DOW-UAP-D54, Mission Report, Mediterranean Sea, NA
Agency: Department of War
Incident location: Mediterranean Sea
Page 4
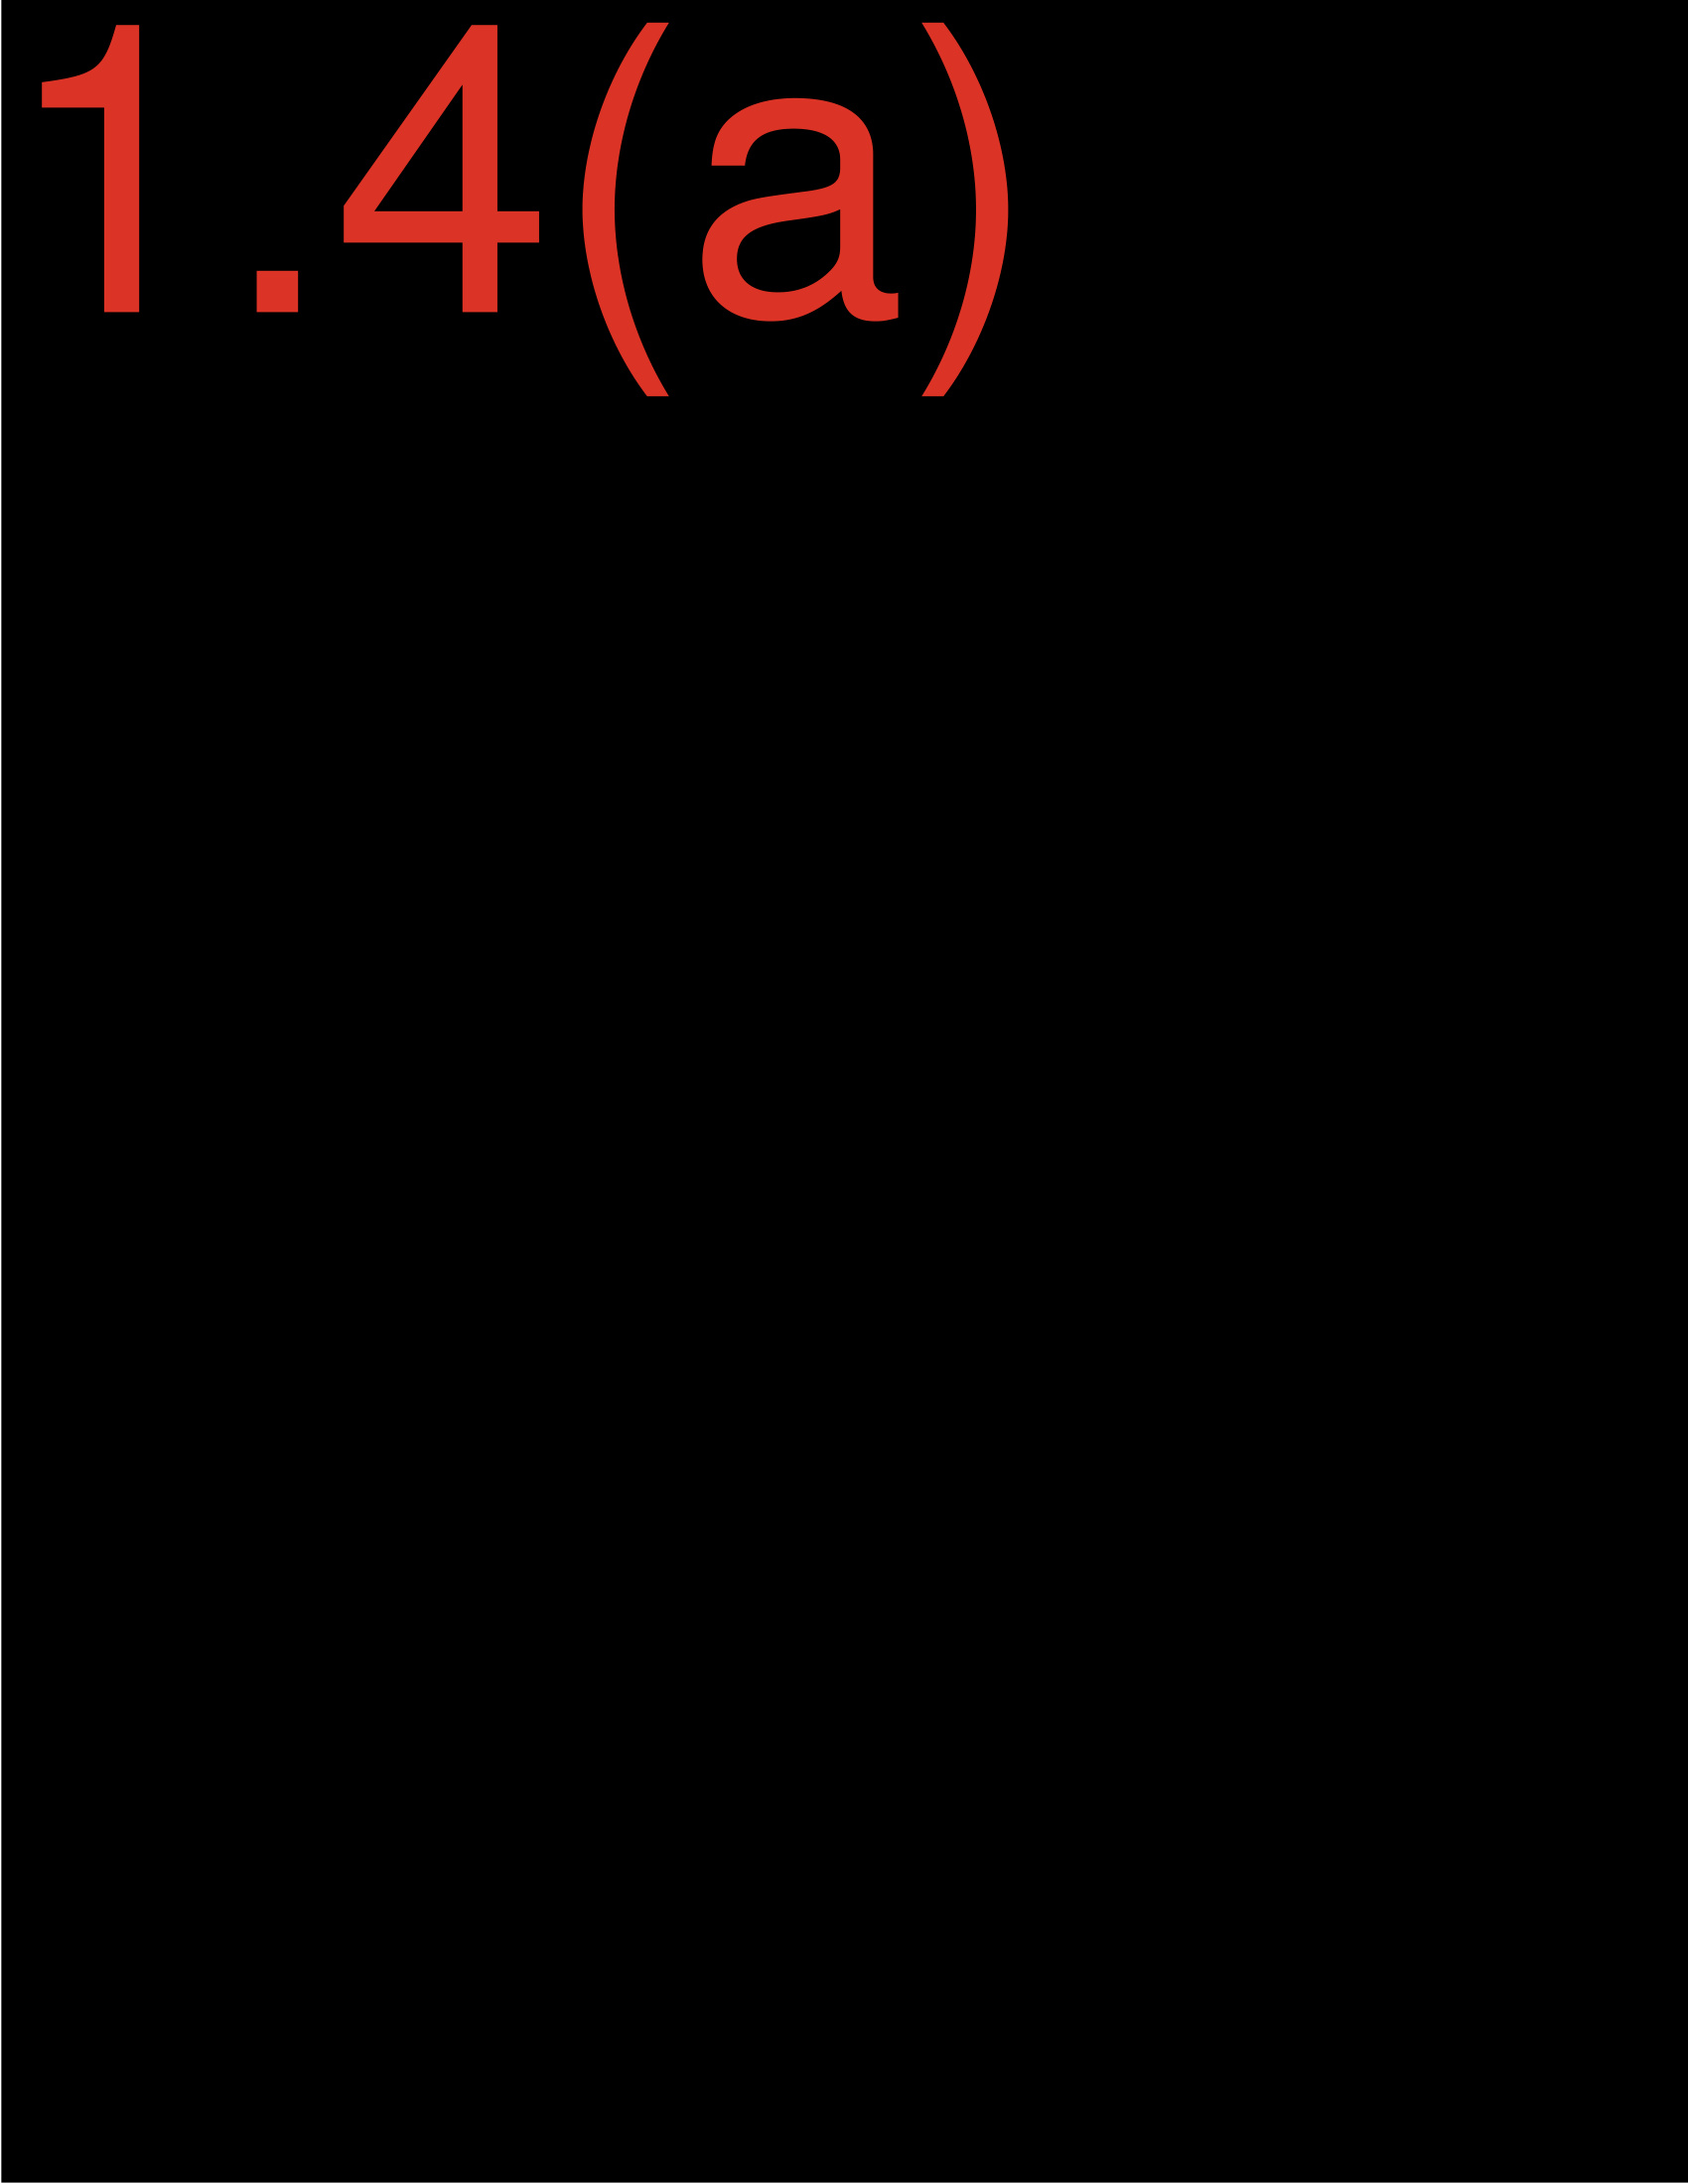